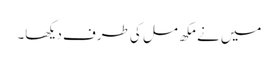
میں نے مکھ مل کی طرف دیکھا۔